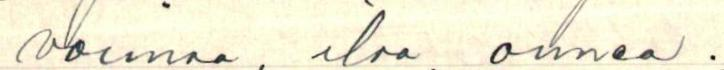
voimaa, iloa, onnea.